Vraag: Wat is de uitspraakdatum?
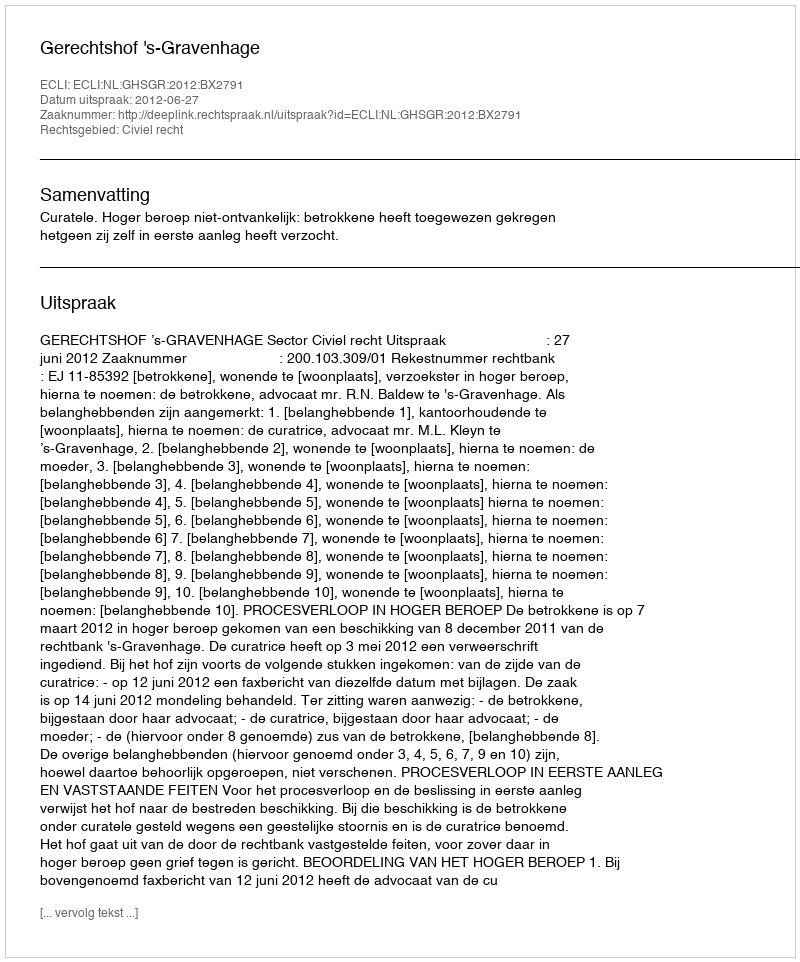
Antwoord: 2012-06-27